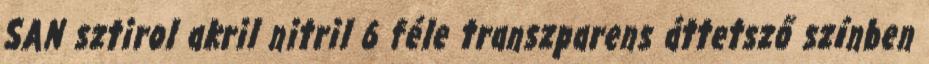
SAN sztirol akril nitril 6 féle transzparens áttetsző színben